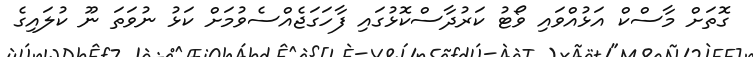
ގޮތަށް މާސްކް އަޅުއްވައި ވޯޓު ކަރުދާސްކޮޅުގައި ފާހަގަޖެއްސެވުމަށް ކަޅު ނުވަތަ ނޫ ކުލައިގެ